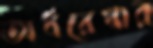
অর্ধরেখার